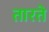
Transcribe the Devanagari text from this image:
तारते